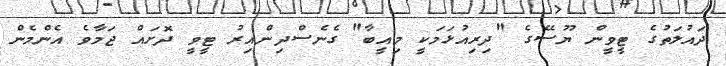
ދައުލަތުގެ ޓީވީން ޔޫސޭގެ "ދިރިއުޅަމަކީ މިއީބާ" ގެނެސްދިންއިރު ޓީވީ ދޮށައް ޖަމާވެ އެންމެން